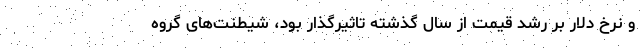
و نرخ دلار بر رشد قیمت از سال گذشته تاثیرگذار بود، شیطنت‌های گروه